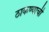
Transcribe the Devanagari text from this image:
ठाकण्याची